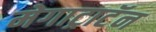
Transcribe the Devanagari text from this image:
मेगाट्राटॅन